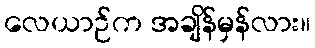
လေယာဉ်က အချိန်မှန်လား။